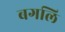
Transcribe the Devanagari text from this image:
बगलि